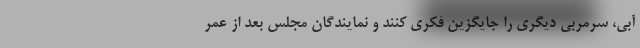
آبی، سرمربی دیگری را جایگزین فکری کنند و نمایندگان مجلس بعد از عمر